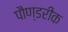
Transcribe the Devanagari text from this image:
पौण्डरीक